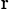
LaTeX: _\mathrm{r}